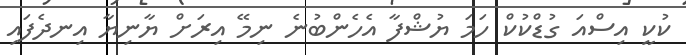
ކުކީ އިސްއަ ގުޑްކުކް ހަމަ ޔުޝްފާ އެހެންބުނެ ނިމޭ އިރަށް ޔާނިޔާ އިނދެފައި